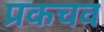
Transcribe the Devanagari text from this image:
प्रकचव